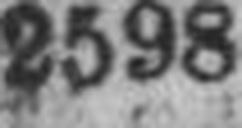
2598